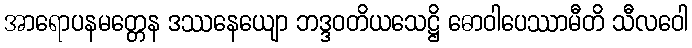
အာရောပနမတ္တေန ဒဿနေယျော ဘဒ္ဒဝတိယသေဋ္ဌိ ဓောဝါပေဿာမီတိ သီလဝေါ